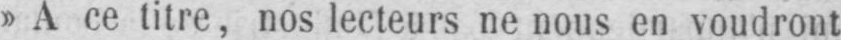
»A ce titre, nos lecteurs ne nous en voudront